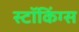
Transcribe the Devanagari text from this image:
स्टॉकिंग्स